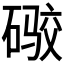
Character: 𪿫